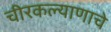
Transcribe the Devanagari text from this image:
चीरकल्याणाचे